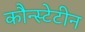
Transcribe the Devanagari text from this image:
कौन्स्टेटीन